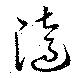
随